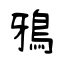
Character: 鴉